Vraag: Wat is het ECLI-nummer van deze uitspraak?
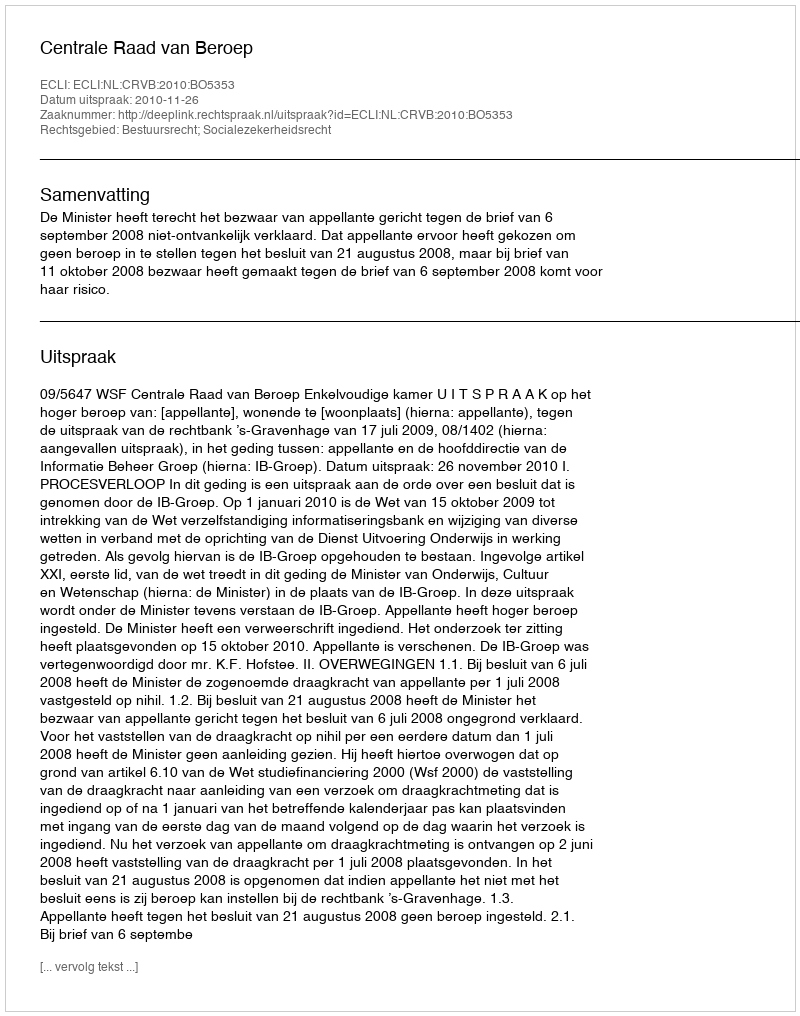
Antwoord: ECLI:NL:CRVB:2010:BO5353